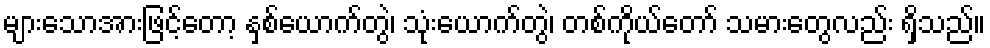
များသောအားဖြင့်တော့ နှစ်ယောက်တွဲ၊ သုံးယောက်တွဲ၊ တစ်ကိုယ်တော် သမားတွေလည်း ရှိသည်။